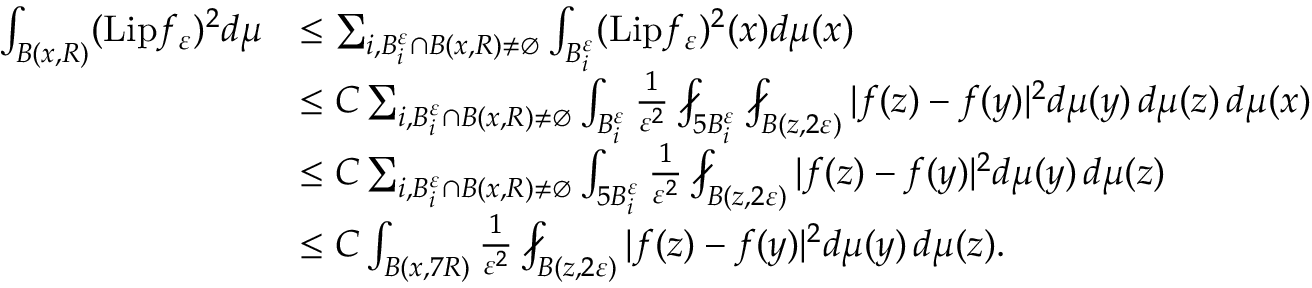
\begin{array} { r l } { \int _ { B ( x , R ) } ( \mathrm { L i p } f _ { \varepsilon } ) ^ { 2 } d \mu } & { \leq \sum _ { i , B _ { i } ^ { \varepsilon } \cap B ( x , R ) \neq \emptyset } \int _ { B _ { i } ^ { \varepsilon } } ( \mathrm { L i p } f _ { \varepsilon } ) ^ { 2 } ( x ) d \mu ( x ) } \\ & { \leq C \sum _ { i , B _ { i } ^ { \varepsilon } \cap B ( x , R ) \neq \emptyset } \int _ { B _ { i } ^ { \varepsilon } } \frac { 1 } { \varepsilon ^ { 2 } } \fint _ { 5 B _ { i } ^ { \varepsilon } } \fint _ { B ( z , 2 \varepsilon ) } | f ( z ) - f ( y ) | ^ { 2 } d \mu ( y ) \, d \mu ( z ) \, d \mu ( x ) } \\ & { \leq C \sum _ { i , B _ { i } ^ { \varepsilon } \cap B ( x , R ) \neq \emptyset } \int _ { 5 B _ { i } ^ { \varepsilon } } \frac { 1 } { \varepsilon ^ { 2 } } \fint _ { B ( z , 2 \varepsilon ) } | f ( z ) - f ( y ) | ^ { 2 } d \mu ( y ) \, d \mu ( z ) } \\ & { \leq C \int _ { B ( x , 7 R ) } \frac { 1 } { \varepsilon ^ { 2 } } \fint _ { B ( z , 2 \varepsilon ) } | f ( z ) - f ( y ) | ^ { 2 } d \mu ( y ) \, d \mu ( z ) . } \end{array}